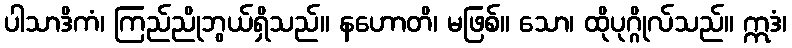
ပါသာဒိကံ၊ ကြည်ညိုဘွယ်ရှိသည်။ နဟောတိ၊ မဖြစ်။ သော၊ ထိုပုဂ္ဂိုလ်သည်။ ဣဒံ၊